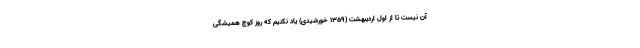
آن نیست تا از اول اردیبهشت (1359 خورشیدی) یاد نکنیم که روز کوچ همیشگی